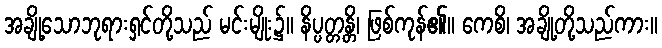
အချို့သောဘုရားရှင်တို့သည် မင်းမျိုး၌။ နိပ္ပတ္တန္တိ၊ ဖြစ်ကုန်၏။ ကေစိ၊ အချို့တို့သည်ကား။